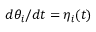
d \theta _ { i } / d t = \eta _ { i } ( t )